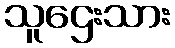
သူဌေးသား